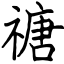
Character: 禟